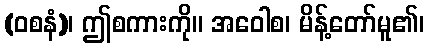
(ဝစနံ)၊ ဤစကားကို။ အဝေါစ၊ မိန့်တော်မူ၏၊